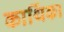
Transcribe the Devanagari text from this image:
कार्थिका